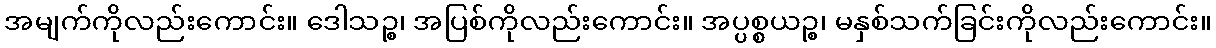
အမျက်ကိုလည်းကောင်း။ ဒေါသဉ္စ၊ အပြစ်ကိုလည်းကောင်း။ အပ္ပစ္စယဉ္စ၊ မနှစ်သက်ခြင်းကိုလည်းကောင်း။